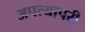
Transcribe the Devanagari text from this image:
अपत्यापरी